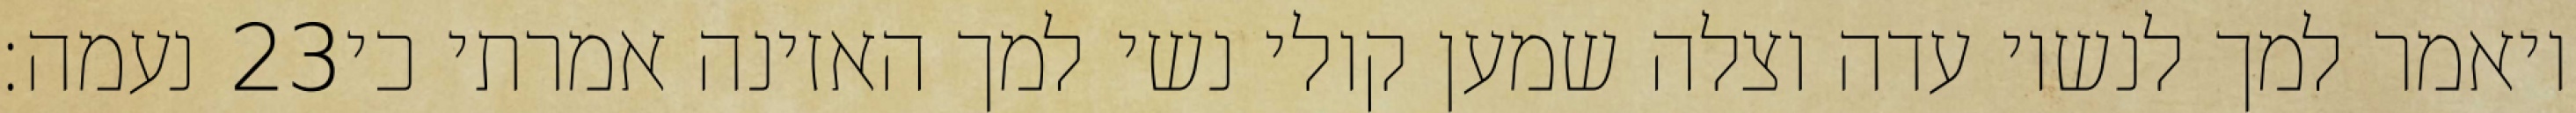
נעמה׃ ‎23‏ ויאמר למך לנשיו עדה וצלה שמען קולי נשי למך האזינה אמרתי כי